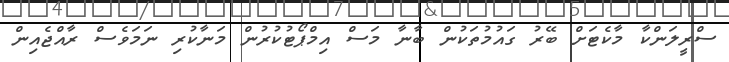
ސްރީލަންކާ މާކެޓަށް ބޭރު ގައުމުތަކުން ބާނާ މަސް އިމްޕޯޓުކުރުން މަނާކުރި ނަމަވެސް ރާއްޖެއިން